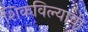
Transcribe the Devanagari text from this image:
शिकविल्याची